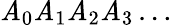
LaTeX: \mathit{A}_{0}\mathit{A}_{1}\mathit{A}_{2}\mathit{A}_{3}\dots